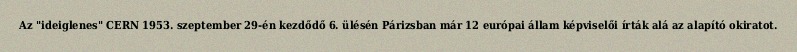
Az "ideiglenes" CERN 1953. szeptember 29-én kezdődő 6. ülésén Párizsban már 12 európai állam képviselői írták alá az alapító okiratot.